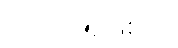
ဘုရားအဖြစ်သို့